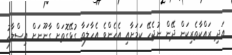
އަދި ރައްކާތެރިކަން ދޭން ނުޖެހޭ ކަމަށާއި އެހެންވެ އެހާލަތާ ގުޅޭގޮތަށް ގާނޫނަށް އިސްލާހު